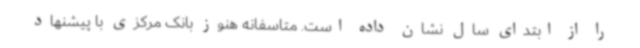
را از ابتدای سال نشان داده است. متاسفانه هنوز بانک مرکزی با پیشنهاد